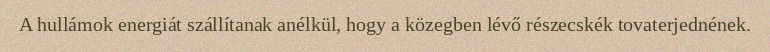
A hullámok energiát szállítanak anélkül, hogy a közegben lévő részecskék tovaterjednének.